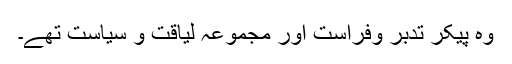
وہ پیکرِ تدبر وفراست اور مجموعہ لیاقت و سیاست تھے۔